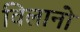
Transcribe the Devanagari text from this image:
विलानो